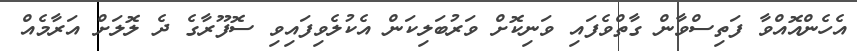
އެހެންއޮއްވާ ފަތިސްވާން ގާތްވެފައި ވަނިކޮށް ވަރުބަލިކަން އެކުލެވިފައިވި ސޮފޫރާގެ ދެ ލޮލަށް އަރާމެއް